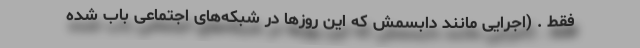
فقط . (اجرایی مانند دابسمش که این روزها در شبکه‌های اجتماعی باب شده